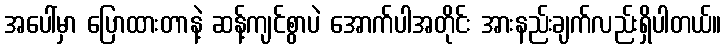
အပေါ်မှာ ပြောထားတာနဲ့ ဆန့်ကျင်စွာပဲ အောက်ပါအတိုင်း အားနည်းချက်လည်းရှိပါတယ်။